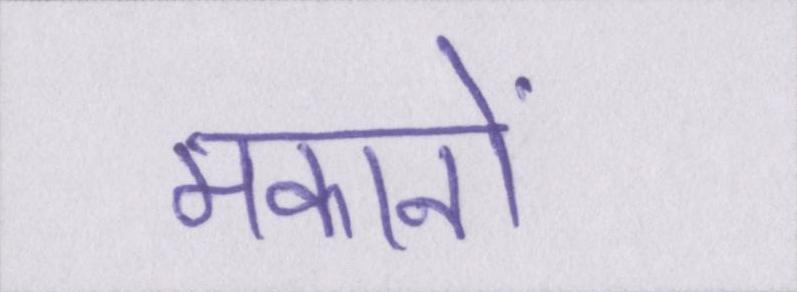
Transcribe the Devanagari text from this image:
मकानों